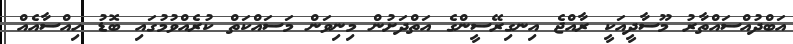
އަބްދުއްސައްތާރު މޫސާދީއަކީ ރާއްޖެ އިނގިރޭސީންގެ އަތްދަށުން މިނިވަން މަސައްކަތް ކުރެއްވުމުގައި ބޮޑު ހިއްސާއެއް